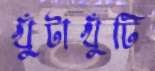
খুঁটাখুঁটি